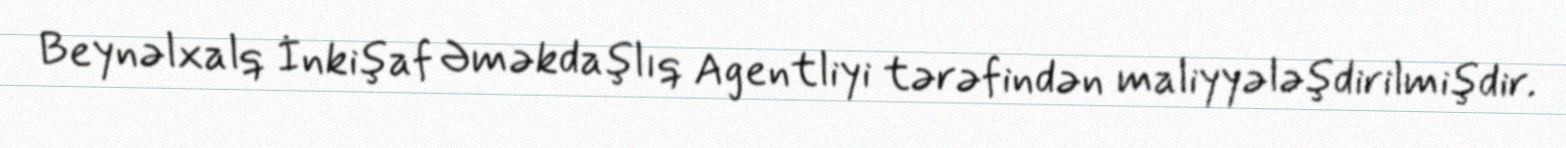
Beynəlxalq İnkişaf Əməkdaşlıq Agentliyi tərəfindən maliyyələşdirilmişdir.